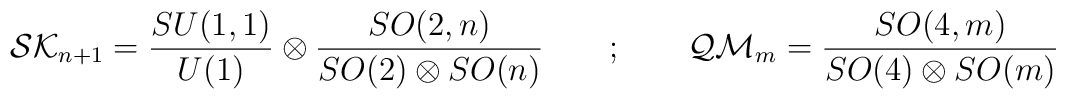
{\cal SK}_{n+1} = \frac{SU(1,1)}{U(1)} \otimes\frac{SO(2,n)}{SO(2)\otimes SO(n)} \quad \quad ; \quad\quad{\cal QM}_m = \frac{SO(4,m)}{SO(4)\otimes SO(m)}